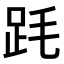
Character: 𣭻